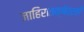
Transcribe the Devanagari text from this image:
जाहिरातक्षेत्रही